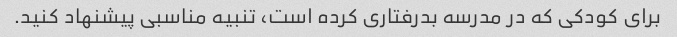
برای کودکی که در مدرسه بدرفتاری کرده است، تنبیه مناسبی پیشنهاد کنید.